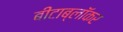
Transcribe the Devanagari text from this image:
बीटाब्लॉकर